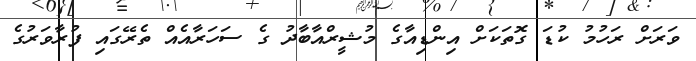
ވަރަށް ރަހުމު ކުޑަ ގޮތަކަށް އިންޑިއާގެ މުޝީރްއާބާދު ގެ ސަހަރާއެއް ތެރޭގައި ފުރާވަރުގެ